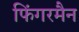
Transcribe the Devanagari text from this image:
फिंगरमैन